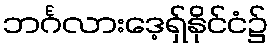
ဘင်္ဂလားဒေ့ရှ်နိုင်ငံ၌